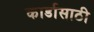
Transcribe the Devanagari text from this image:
कार्डासाठी